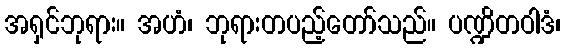
အရှင်ဘုရား။ အဟံ၊ ဘုရားတပည့်တော်သည်။ ပဏ္ဍိတဝါဒံ၊